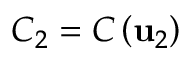
{ \cal C } _ { 2 } = { \cal C } \left( { \bf u } _ { 2 } \right)